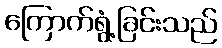
ကြောက်ရွံ့ခြင်းသည်